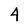
Character: 4